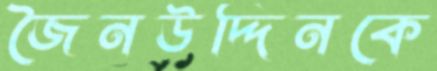
জৈনউদ্দিনকে